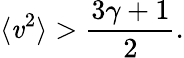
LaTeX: \langle\mathit{v}^{2}\rangle>\frac{{3\gamma+1}}{{2}}.